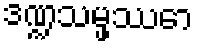
ဒဏ္ဍသမ္ဖဿော